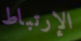
الإرتباط